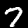
Digit: 7